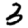
Digit: 3